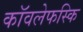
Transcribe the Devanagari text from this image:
कॉवलेफस्कि